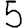
Digit: 5